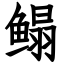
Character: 鳎